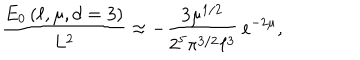
\frac { E _ { 0 } \left( \ell , \mu , d = 3 \right) } { L ^ { 2 } } \approx - \frac { 3 \mu ^ { 1 / 2 } } { 2 ^ { 5 } \pi ^ { 3 / 2 } \ell ^ { 3 } } \, e ^ { - 2 \mu } ,